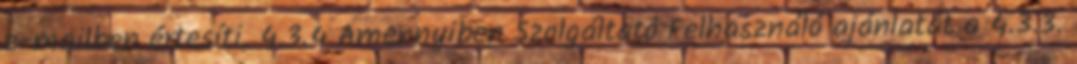
e-mailben értesíti. 4.3.4 Amennyiben Szolgáltató Felhasználó ajánlatát a 4.3.3.